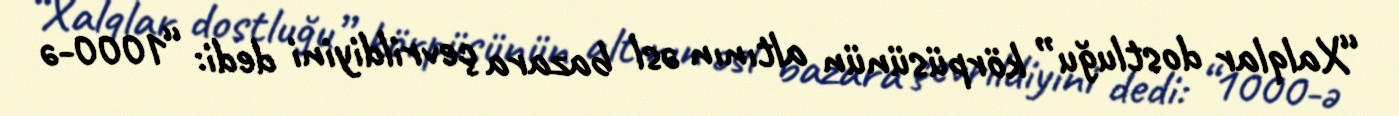
“Xalqlar dostluğu” körpüsünün altının əsl bazara çevrildiyini dedi: “1000-ə